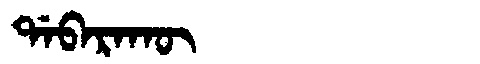
Manchu: ᡩᠠᠪᠠᡵᠠᡴᡡ
Romanization: DABARAKŪ